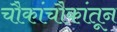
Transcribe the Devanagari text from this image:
चौकांचौकांतून